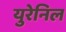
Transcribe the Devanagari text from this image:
युरेनिल